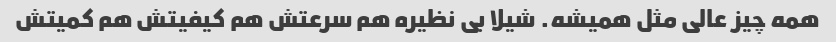
همه چیز عالی مثل همیشه. شیلا بی نظیره هم سرعتش هم کیفیتش هم کمیتش